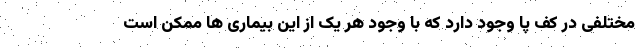
مختلفی در کف پا وجود دارد که با وجود هر یک از این بیماری ها ممکن است